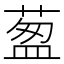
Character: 𦷐